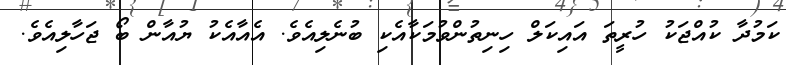
ކަމުދާ ކުއްޖަކު ހުރީތަ އައިކަލް ހިނިތުންވުމަކާއެކި ބުނެލިއެވެ. އެއާއެކު ޔުއާން ބޯ ޖަހާލިއެވެ.